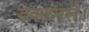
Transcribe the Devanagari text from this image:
डवलपर्स।